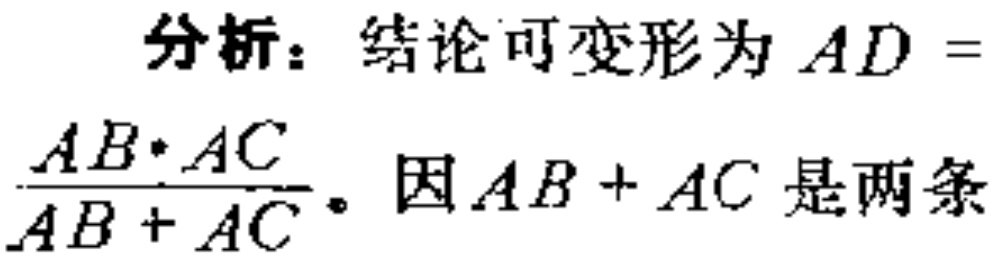
分析：结论可变形为 \(AD = \frac{AB\cdot AC}{AB + AC}\)。因 \(AB + AC\) 是两条